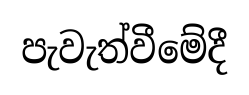
පැවැත්වීමේදී